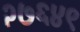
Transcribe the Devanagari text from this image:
२७६४९